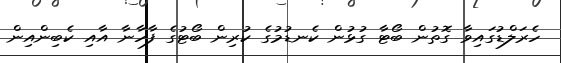
ހެރަލްޑުގައިވާ ގޮތުން ބޯޓާ ގުޅުން ކެނޑުމުގެ ކުރިން ބޯޓުގެ ފާހާނާ އާއި ކެބިންއިން